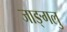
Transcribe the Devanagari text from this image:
जाङ्गलु